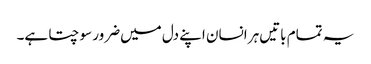
یہ تمام باتیں‌ہر انسان اپنے دل میں‌ضرور سوچتا ہے۔